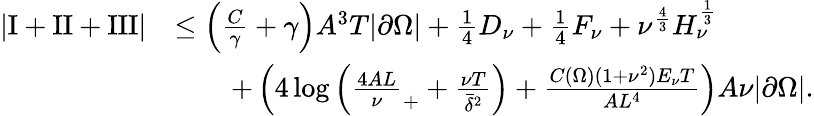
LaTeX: \begin{array}{rl}{\left\lvert\mathrm I+\mathrm{II}+\mathrm{III}\right\rvert}&{\le\left(\frac C\gamma+\gamma\right)A^{3}T|\partial\Omega|+\frac 14D_{\nu}+\frac 14F_{\nu}+\nu^{\frac 43}H_{\nu}^{\frac 13}}\\ &{\qquad+\left(4\log\left(\frac{4AL}\nu_{+}+\frac{\nu T}{\bar{\delta}^{2}}\right)+\frac{C(\Omega)(1+\nu^{2})E_{\nu}T}{AL^{4}}\right)A\nu|\partial\Omega|.}\end{array}